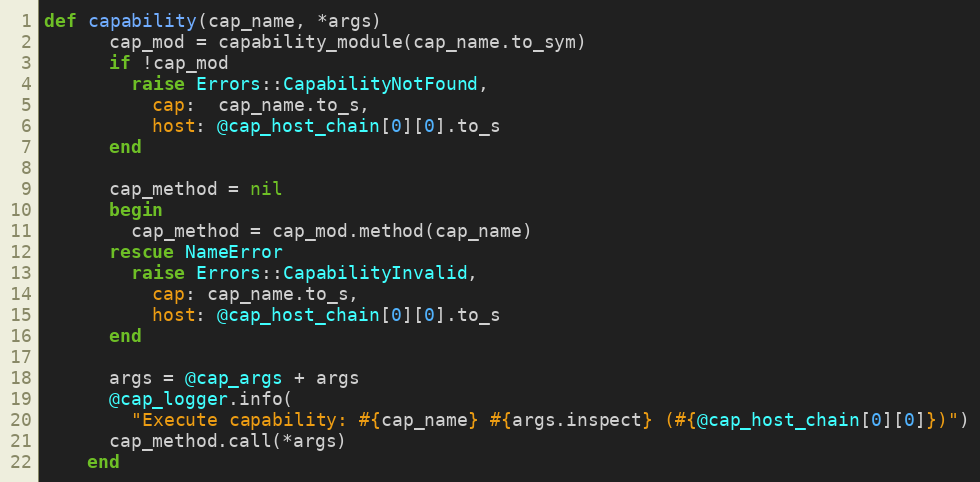
Language: Ruby
def capability(cap_name, *args)
      cap_mod = capability_module(cap_name.to_sym)
      if !cap_mod
        raise Errors::CapabilityNotFound,
          cap:  cap_name.to_s,
          host: @cap_host_chain[0][0].to_s
      end

      cap_method = nil
      begin
        cap_method = cap_mod.method(cap_name)
      rescue NameError
        raise Errors::CapabilityInvalid,
          cap: cap_name.to_s,
          host: @cap_host_chain[0][0].to_s
      end

      args = @cap_args + args
      @cap_logger.info(
        "Execute capability: #{cap_name} #{args.inspect} (#{@cap_host_chain[0][0]})")
      cap_method.call(*args)
    end